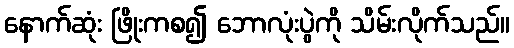
နောက်ဆုံး ဖြိုးကစ၍ ဘောလုံးပွဲကို သိမ်းလိုက်သည်။